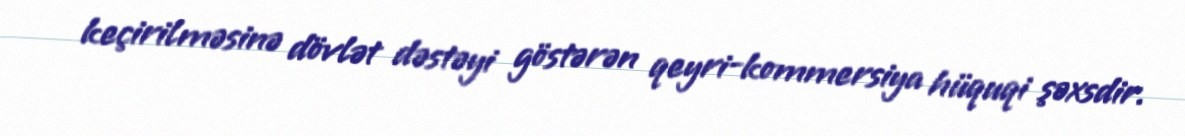
keçirilməsinə dövlət dəstəyi göstərən qeyri-kommersiya hüquqi şəxsdir.